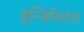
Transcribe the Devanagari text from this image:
इन्जिनियोसो